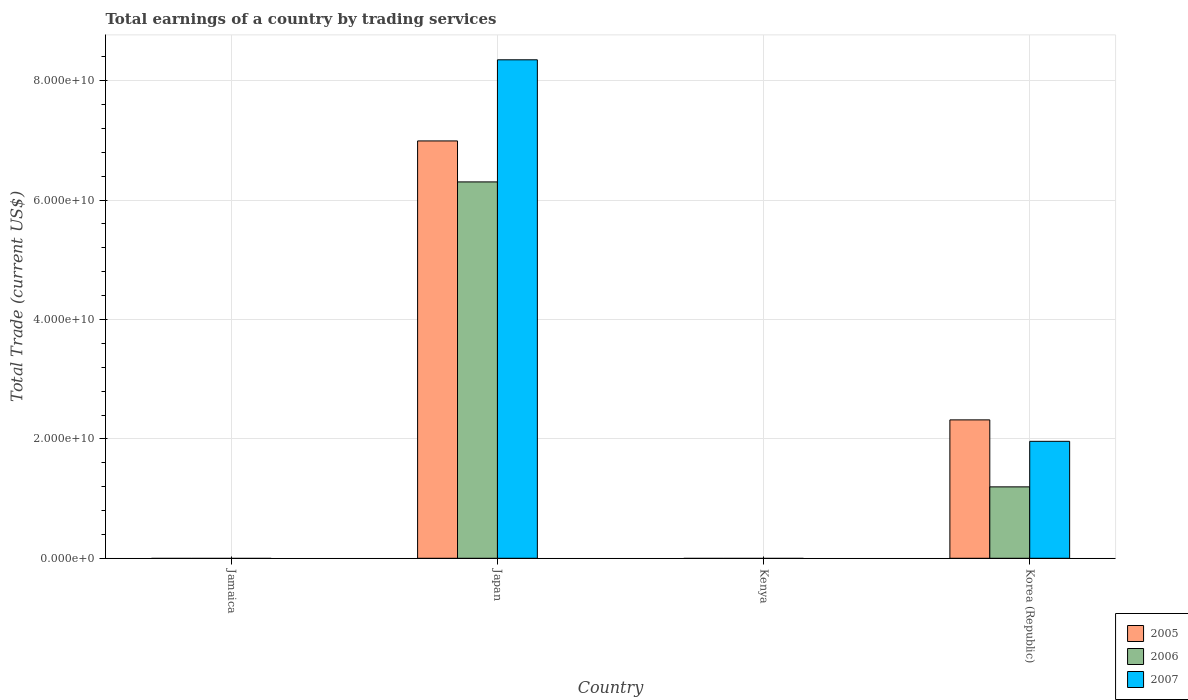
| Country | 2005 | 2006 | 2007 |
 | --- | --- | --- | --- |
 | Jamaica | -1.97e+09 | -2.32e+09 | -3.42e+09 |
 | Japan | 6.99e+10 | 6.3e+10 | 8.35e+10 |
 | Kenya | -1.4e+09 | -2.23e+09 | -3e+09 |
 | Korea (Republic) | 2.32e+10 | 1.2e+10 | 1.96e+10 |